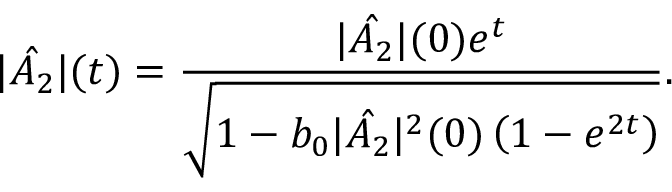
| \hat { A _ { 2 } } | ( t ) = \frac { | \hat { A _ { 2 } } | ( 0 ) e ^ { t } } { \sqrt { 1 - b _ { 0 } | \hat { A _ { 2 } } | ^ { 2 } ( 0 ) \left( 1 - e ^ { 2 t } \right) } } .